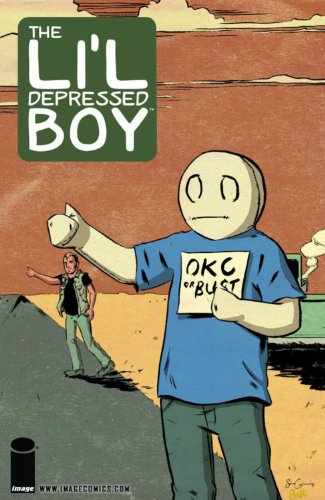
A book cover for Li'l Depressed Boy Volume 2 TP; S. Steven Struble; Comics & Graphic Novels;